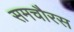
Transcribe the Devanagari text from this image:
समचौरस